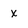
Character: x